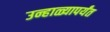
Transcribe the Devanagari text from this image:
उन्हाळ्यापर्यंत